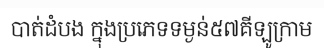
បាត់ដំបង ក្នុងប្រភេទទម្ងន់៥៧គីឡូក្រាម